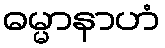
ဓမ္မာနာဟံ